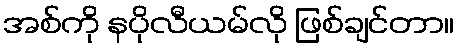
အစ်ကို နပိုလီယမ်လို ဖြစ်ချင်တာ။